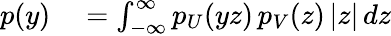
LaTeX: \begin{array}{rlrl}{p(y)}&{{}=\int_{-\infty}^{\infty}p_{U}(yz)\, p_{V}(z)\, |z|\, dz}\end{array}